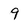
Character: 9